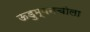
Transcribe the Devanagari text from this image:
ऊडुम्बनचोला